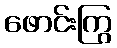
ဖောင်းကြွ